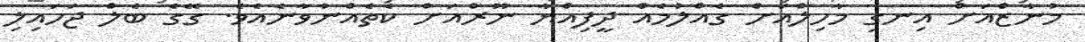
މުނާޒްއަށް އިނގި މާހިލްއަށް ގެއްލުމެއް ދީފިއްޔާ ނޫރްއަށް ކެތެއްނުވާނެއެވެ. ގޭގެ ބެލް ޖަހައިލި